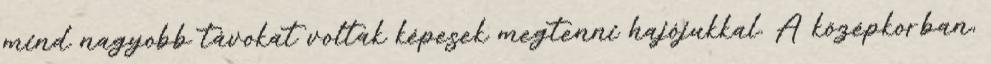
mind nagyobb távokat voltak képesek megtenni hajójukkal. A középkorban,